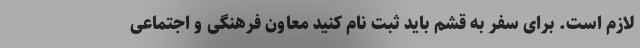
لازم است. برای سفر به قشم باید ثبت نام کنید معاون فرهنگی و اجتماعی